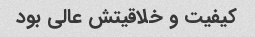
کیفیت و خلاقیتش عالی بود